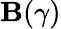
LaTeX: \mathbf{B}(\gamma)